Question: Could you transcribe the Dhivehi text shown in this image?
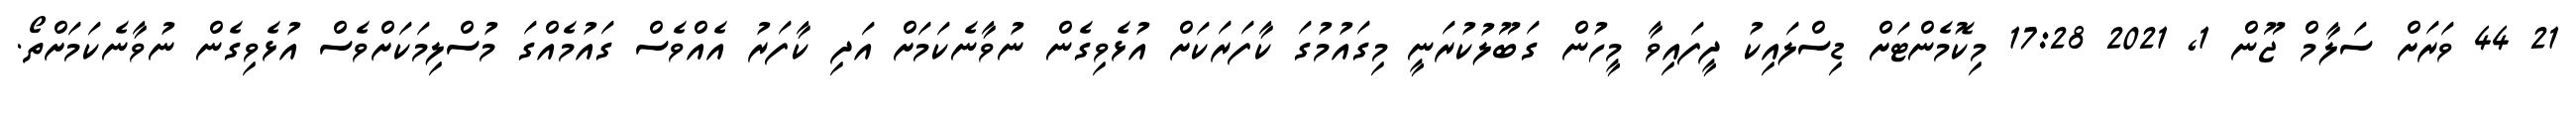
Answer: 21 44 ވަރަށް ސަލާމް ޖޫން 1, 2021 17:28 މިކޮމެންޓަށް ޑިސްލައިކު ދީފައިވާ މީހުން ގަބޫލުކުރަނީ މިގައުމުގަ ކާފަރަކަށް އުޅެވިގެން ނުވާނެކަމަށް އަދި ކާފަރު އެއްވެސް ގައުމެއްގަ މުސްލިމަކަށްވެސް އުޅެވިގެން ނުވާނެކަމަށްތޯ.